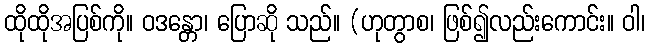
ထိုထိုအပြစ်ကို။ ဝဒန္တော၊ ပြောဆို သည်။ (ဟုတွာစ၊ ဖြစ်၍လည်းကောင်း။ ဝါ၊